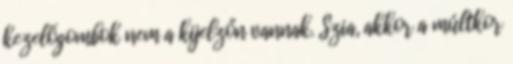
kezelőgombok nem a kijelzőn vannak. Szia, akkor a múltkor